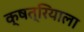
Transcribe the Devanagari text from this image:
क्षत्रियाला